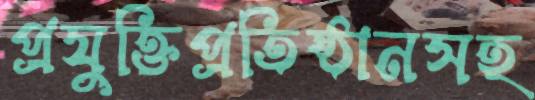
প্রযুক্তিপ্রতিষ্ঠানসহ